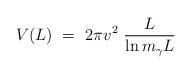
LaTeX: \begin{align*}V(L)\ =\ 2\pi v^2\ \frac L{\ln m_\gamma L}\end{align*}